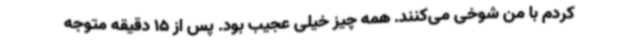
کردم با من شوخی می‌کنند. همه چیز خیلی عجیب بود. پس از 15 دقیقه متوجه